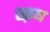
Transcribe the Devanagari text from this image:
छ़ाय